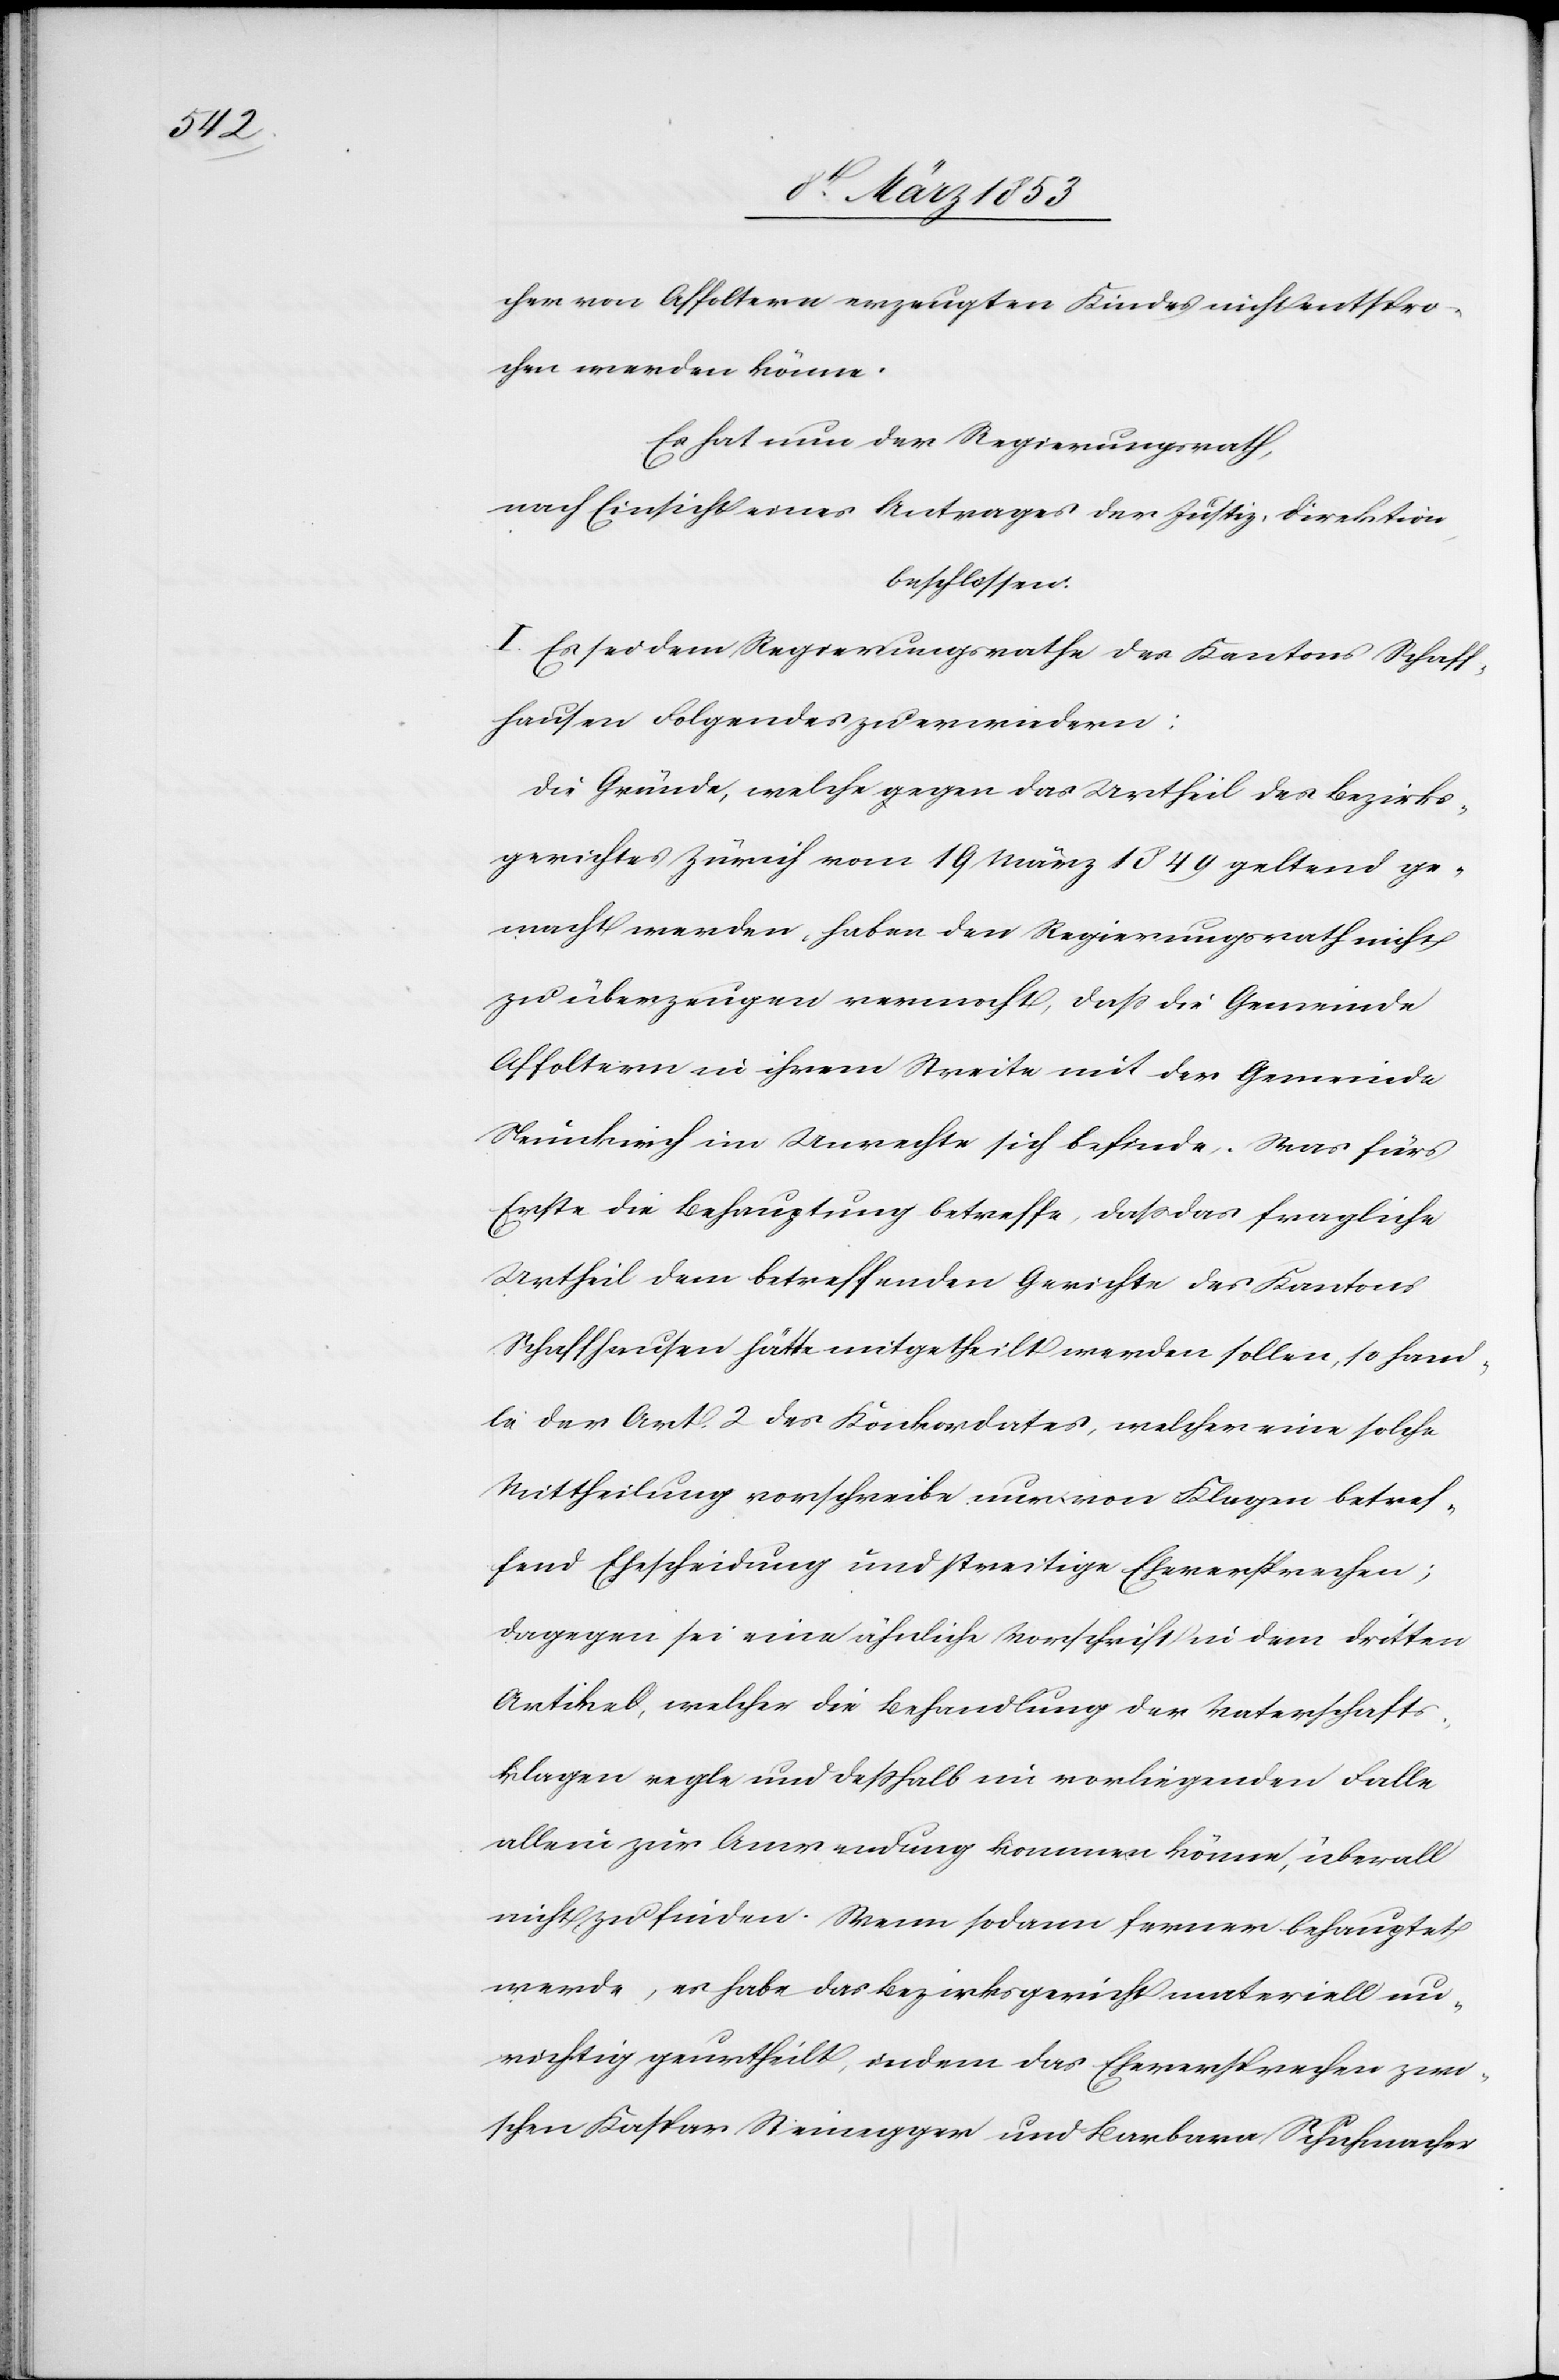
cher von Affoltern erzeugten Kindes nicht entspro¬
chen werden könne.
Es hat nun der Regierungsrath,
nach Einsicht eines Antrages der Justiz-Direktion
beschlossen:
I. Es sei dem Regierungsrathe des Kantons Schaff¬
hausen Folgendes zu erwiedern:
Die Gründe, welche gegen das Urtheil des Bezirks¬
gerichtes Zürich vom 19 März 1849 geltend ge¬
macht werden, haben den Regierungsrath nicht
zu überzeugen vermocht, daß die Gemeinde
Affoltern in ihrem Streite mit der Gemeinde
Neunkirch im Unrechte sich befinde. Was fürs
Erste die Behauptung betreffe, daß das fragliche
Urtheil dem betreffenden Gerichte des Kantons
Schaffhausen hätte mitgetheilt werden sollen, so hand¬
le der Art. 2 des Konkordates, welcher eine solche
Mittheilung vorschreibe, nur von Klagen betref¬
fend Ehescheidung und streitige Eheversprechen;
dagegen sei eine ähnliche Vorschrift in dem dritten
Artikel, welcher die Behandlung der Vaterschafts¬
klagen regle und deßhalb im vorliegenden Falle
allein zur Anwendung kommen könne, überall
nicht zu finden. Wenn sodann ferner behauptet
werde, es habe das Bezirksgericht materiell un¬
richtig geurtheilt, indem das Eheversprechen zwi¬
schen Kaspar Steinegger und Barbara Schuhmacher